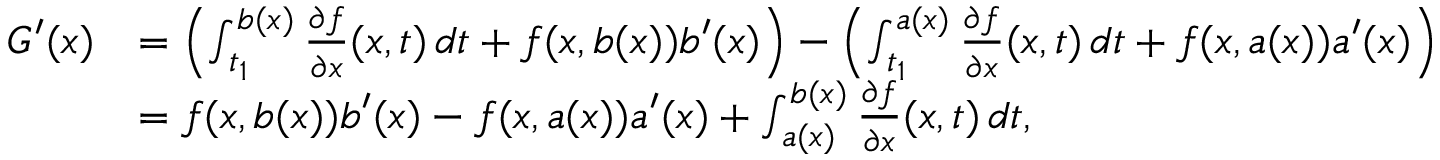
{ \begin{array} { r l } { G ^ { \prime } ( x ) } & { = \left( \int _ { t _ { 1 } } ^ { b ( x ) } { \frac { \partial f } { \partial x } } ( x , t ) \, d t + f ( x , b ( x ) ) b ^ { \prime } ( x ) \right) - \left( \int _ { t _ { 1 } } ^ { a ( x ) } { \frac { \partial f } { \partial x } } ( x , t ) \, d t + f ( x , a ( x ) ) a ^ { \prime } ( x ) \right) } \\ & { = f ( x , b ( x ) ) b ^ { \prime } ( x ) - f ( x , a ( x ) ) a ^ { \prime } ( x ) + \int _ { a ( x ) } ^ { b ( x ) } { \frac { \partial f } { \partial x } } ( x , t ) \, d t , } \end{array} }